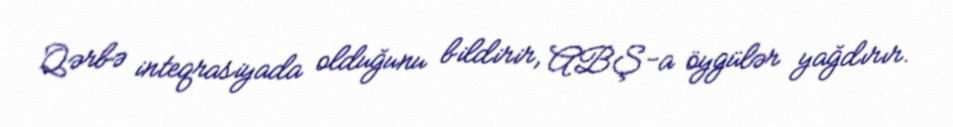
Qərbə inteqrasiyada olduğunu bildirir, ABŞ-a öygülər yağdırır.